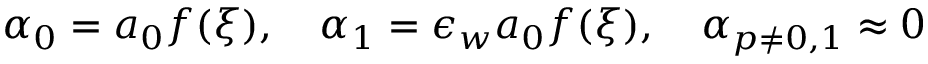
\begin{array} { r } { \alpha _ { 0 } = a _ { 0 } f ( \xi ) , \quad \alpha _ { 1 } = \epsilon _ { w } a _ { 0 } f ( \xi ) , \quad \alpha _ { p \neq 0 , 1 } \approx 0 } \end{array}